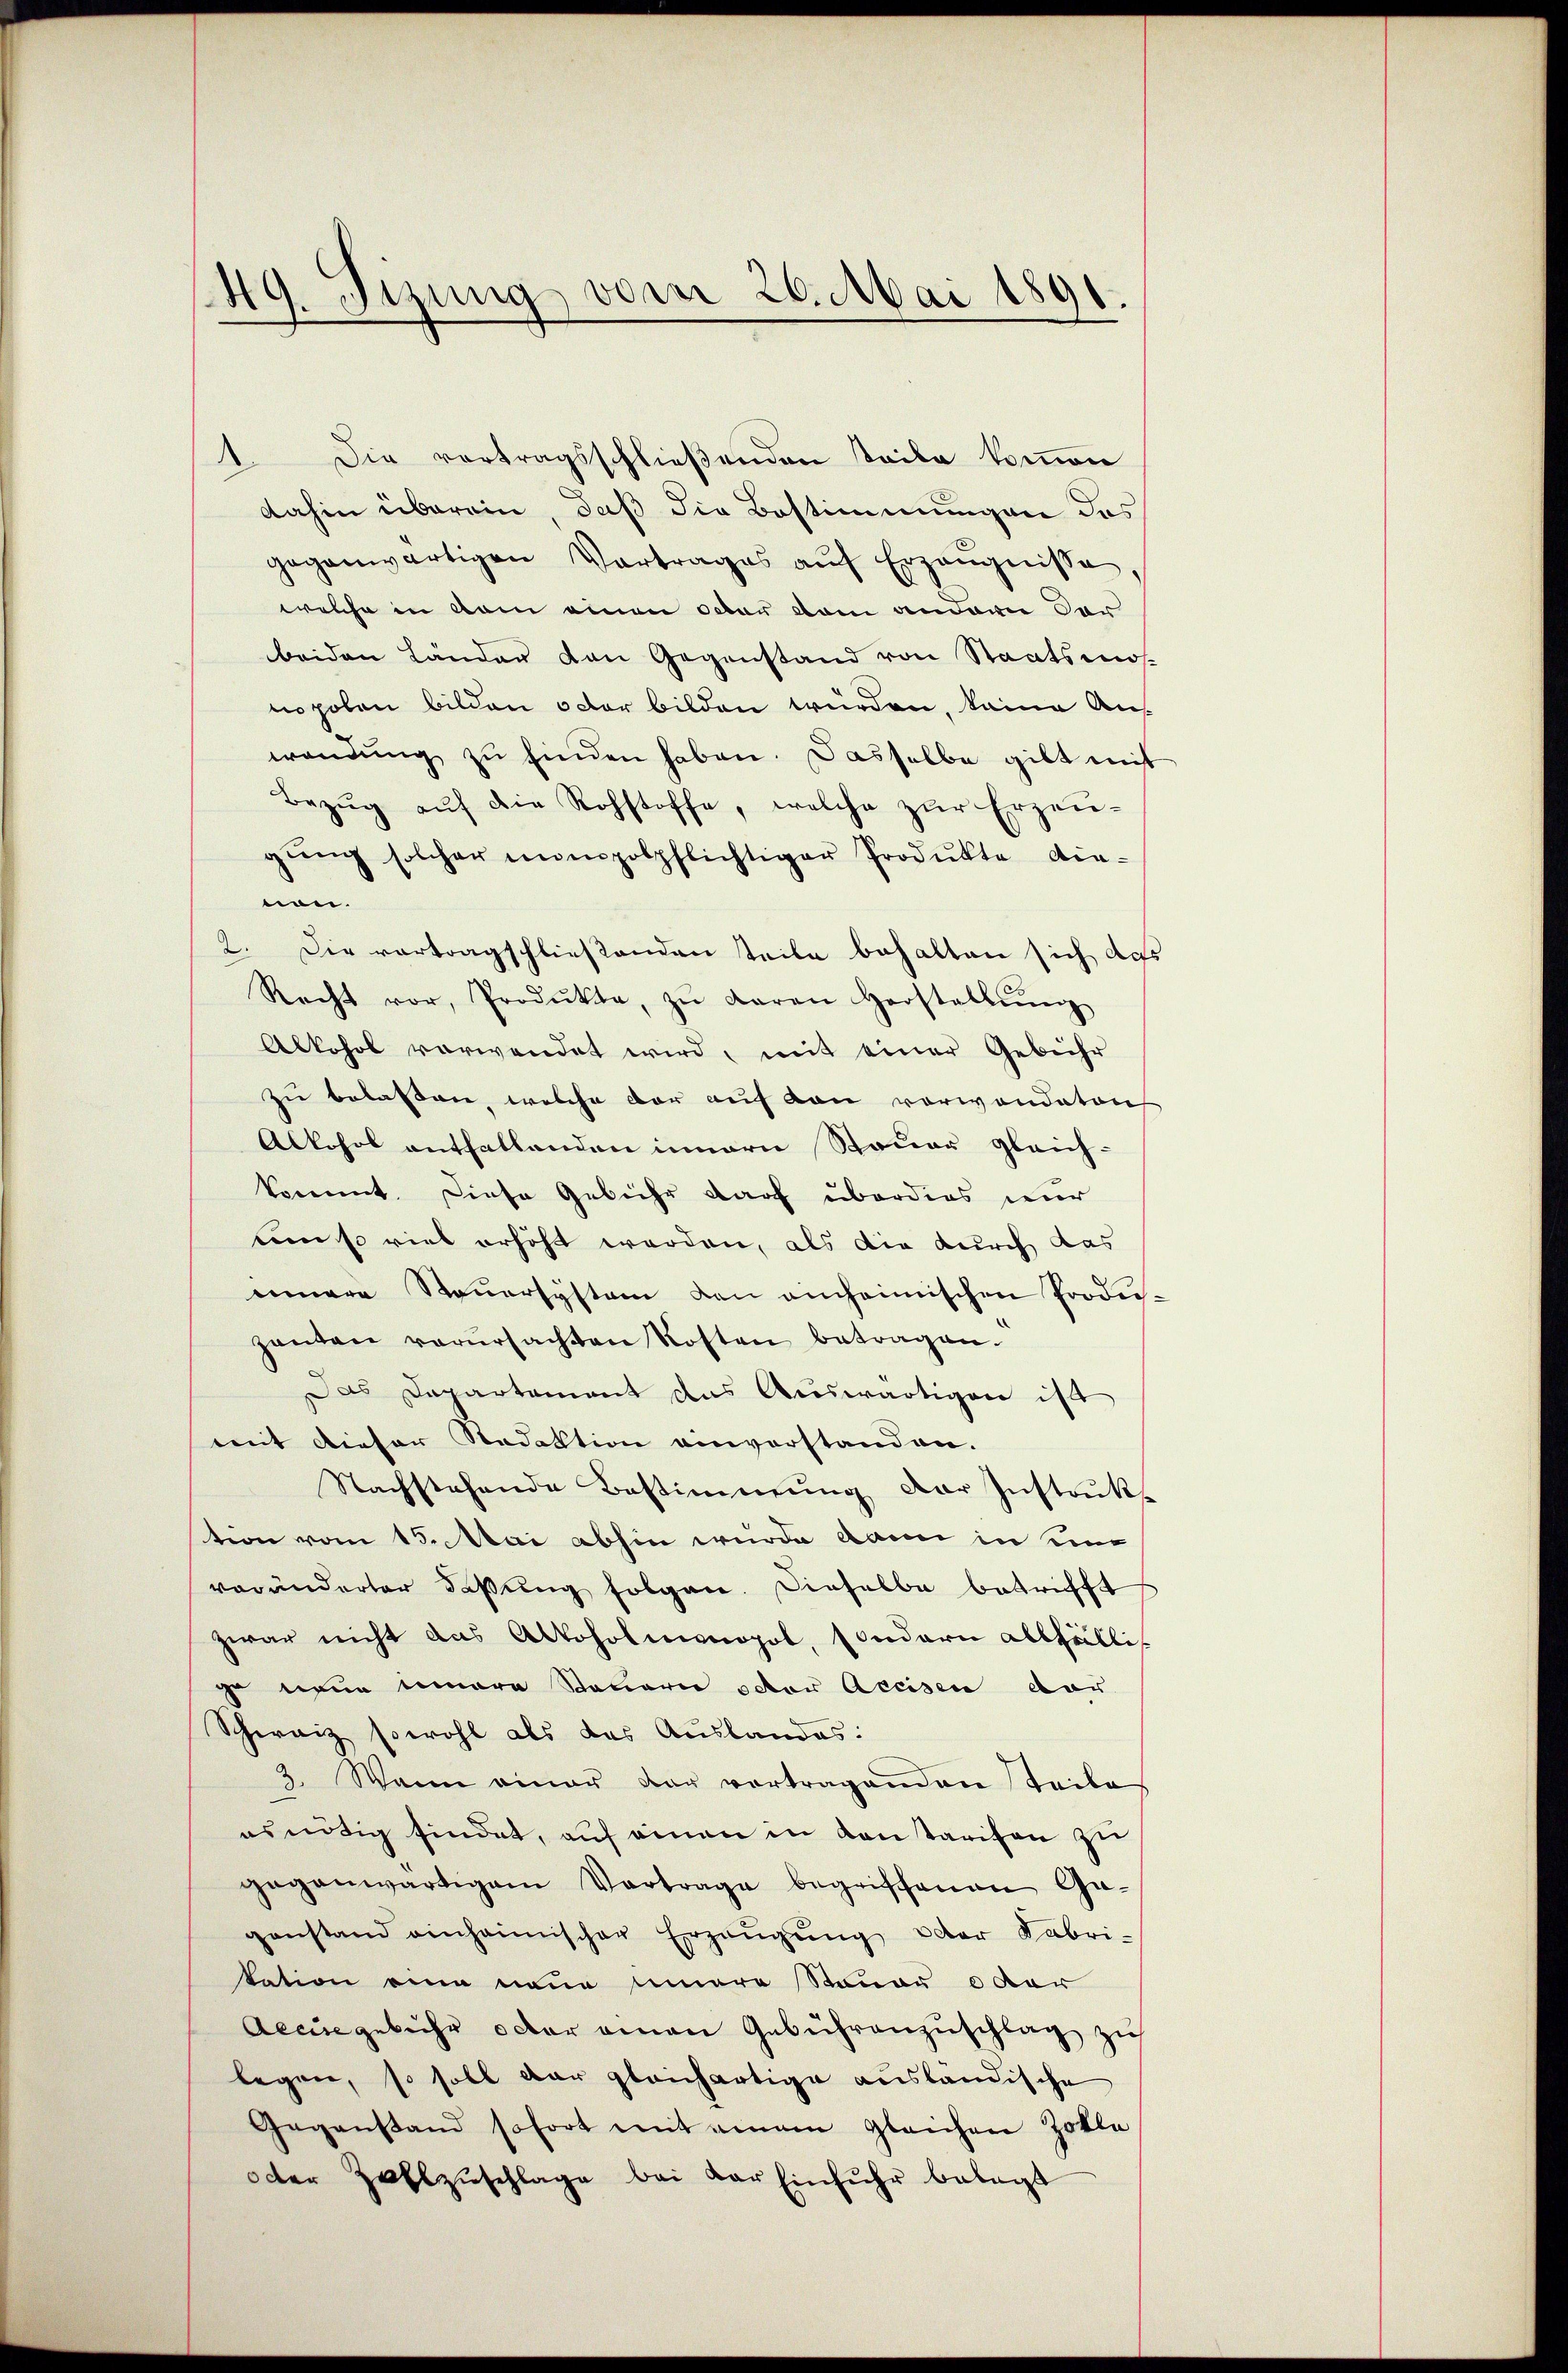
49. Sizung vom 26. Mai 1891

Die vortragsschließenden teile kommen
dahin überein, daß die Bestimmungen das
gegenwärtigen Vortrages aŭf Erzeŭgnisse
welche in vom einen ober kam anderer dar
beiden Länder den Gegenstand von Staatsmosnopolen bilden octor bilden würden, keine Aus
wendung zu finden haben. Dasselbe gilt mit
Bezŭg aŭf die Rohstoffe, welche zŭr Erzeu-
gŭng solcher impolpflichtiger Produkte die-
non.
2. Die vortragschließenden teile behalten sich das
Recht vor, Produkte, zŭ daran Herstallŭng
Alkohol verwendet wird, mit einer Gebühr
zu belassen, welche der auf von vorwandeten
Alkohol entfallenden innern Steuer gleich-
kommt. Diese Gebühr darf überdies nur
um so viel erhöht werden, als die durch das
innere Steŭersystem den einheimischen Prode-
ganten verŭrsachten Kosten betragen.
Das Departament aus Auswärtigen ist
mit dieser Redaktion einverstanden.
Nachstehende Bestimmung der Instrukt
tion vom 15. Mai abhin wurde dann in ein
veränderter dassŭng folgen. Dieselbe betrifft
zwar nicht das Alkoholmonopol, sondern allfälli¬
 wenn einere Steuern oder Accisen dar
Schweiz sowohl als das Auslandes:
3. Wann einer dar vortragenden Teile
es nötig findet, auf einen in Kantarifen zu
gegenwärtigem Vortrage begriffenen Ga-
ganstand einheimischer Erzeŭgŭng oder Fabri-
kation eine neue innere Sauer o dar
Aeengebühr oder einen Gebührenzuschlag zu
legen, so soll der gleichartige ausländische
Gegenstand sofort mit einem gleichen Zolle
oder Zahlzŭschlage bei der Einfuhr belegt